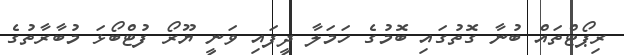
ރިޕޯޓްތައް ބުނާ ގޮތުގައި ބޮމުގެ ހަމަލާ ދީފައި ވަނީ ޔޫރޯ ފުޓްބޯޅަ މުބާރާތުގެ